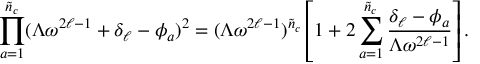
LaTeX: \prod _ { a = 1 } ^ { \tilde { n } _ { c } } ( \Lambda \omega ^ { 2 \ell - 1 } + \delta _ { \ell } - \phi _ { a } ) ^ { 2 } = ( \Lambda \omega ^ { 2 \ell - 1 } ) ^ { \tilde { n } _ { c } } \left[ 1 + 2 \sum _ { a = 1 } ^ { \tilde { n } _ { c } } \frac { \delta _ { \ell } - \phi _ { a } } { \Lambda \omega ^ { 2 \ell - 1 } } \right] .